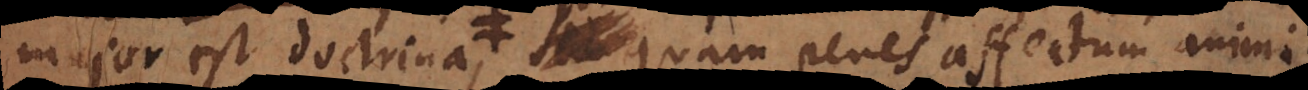
major est doctrina, quam penes affectum anim